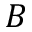
B